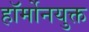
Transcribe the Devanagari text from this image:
हॉर्मोनयुक्त